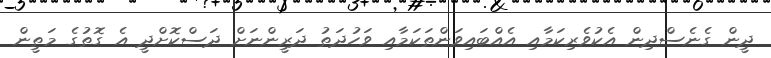
ދީން ގެނެސްދިން އެކުވެރިކަމާއި އެއްބައިވަންތަކަމާއި ވަހުދަތު ދަރީންނަަށް ދަސްކޮށްދީ އެ ގޮތުގެ މަތީން